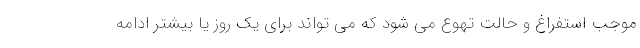
موجب استفراغ و حالت تهوع می شود که می تواند برای یک روز یا بیشتر ادامه